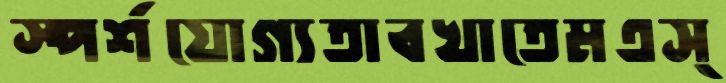
স্পর্শযোগ্যতাবখাতেমএস্